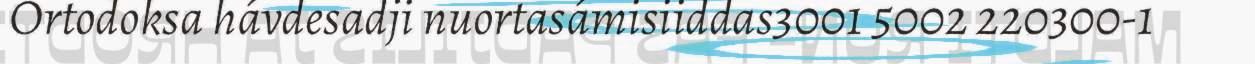
Ortodoksa hávdesadji nuortasámisiiddas3001 5002 220300-1